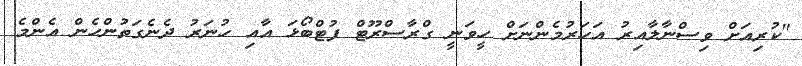
"ކުރިއަށް ވިސްނާލާއިރު އަހަރުމެންނަށް ހީވަނީ ގްރާސްރޫޓް ފުޓްބޯޅަ އާއި ހުނަރު ދެނެގަތުންހެން އެންމެ